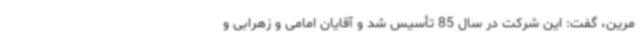
مرین، گفت: این شرکت در سال 85 تأسیس شد و آقایان امامی و زهرابی و